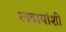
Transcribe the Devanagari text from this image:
लढायांशी